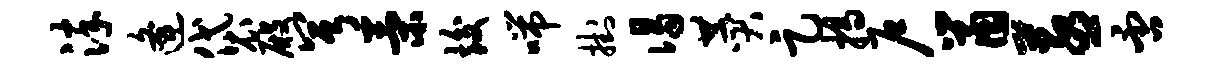
淬逄袋殿兮策竣喘挂谒赞足揭户鼠蒸否